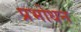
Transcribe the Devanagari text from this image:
प्रभोधन